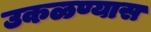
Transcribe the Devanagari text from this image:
उकळण्यास